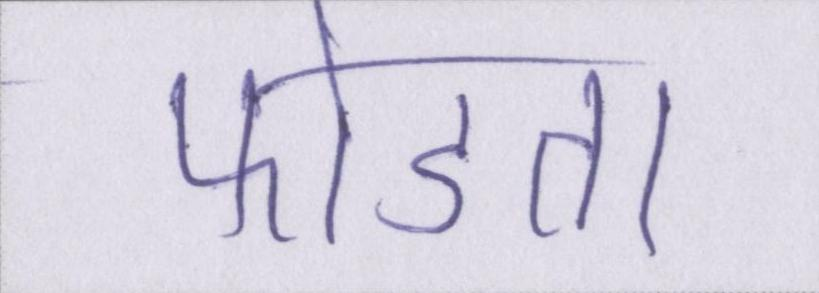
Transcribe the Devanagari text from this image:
फोडता